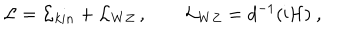
LaTeX: { \cal L } = { \cal L } _ { k i n } + { \cal L } _ { W Z } \, , \qquad { \cal L } _ { W Z } = d ^ { - 1 } ( \mathrm { i } { \cal H } ) \ ,